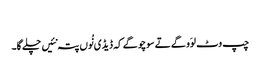
‏
چپ وٹ لوَو گے تے سوچو گے کہ ڈیڈی نُوں پتہ نئیں چلے گا۔